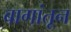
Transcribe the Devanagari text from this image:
बागांतून